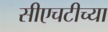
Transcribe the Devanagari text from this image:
सीएचटीच्या